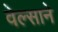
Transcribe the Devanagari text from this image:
वेल्साने